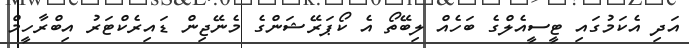
އަދި އެކަމުގައި ޓީސީއެލްގެ ބަހެއް ލިބޭތޯ އެ ކޯޕަރޭޝަންގެ މެނޭޖިން ޑައިރެކްޓަރު އިބްރާހީމް